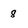
Character: 8